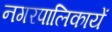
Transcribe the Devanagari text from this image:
नगरपालिकायें